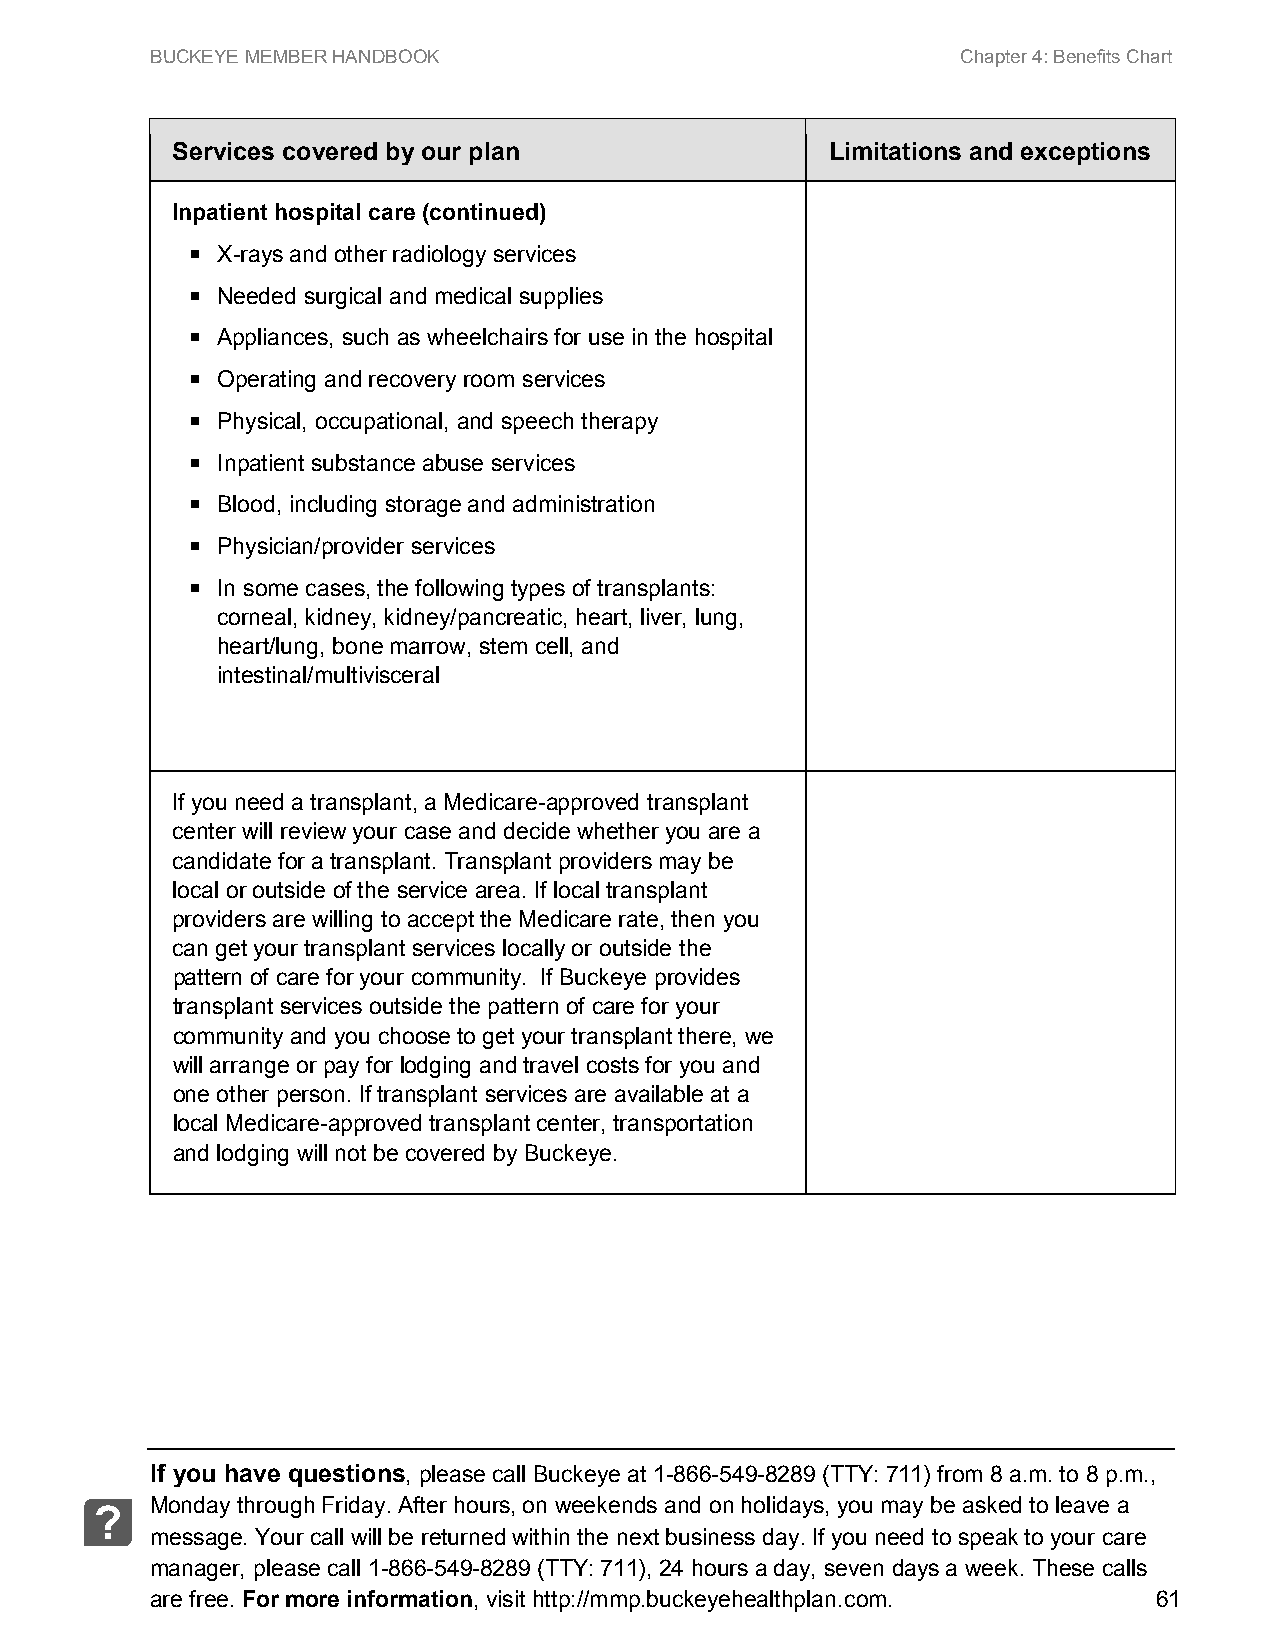
BUCKEYE MEMBER HANDBOOK                               Chapter 4: Benefits Chart
 Services covered by our plan                Limitations and exceptions
 Inpatient hospital care (continued)
  X-rays and other radiology services
  Needed surgical and medical supplies
  Appliances, such as wheelchairs for use in the hospital
  Operating and recovery room services
  Physical, occupational, and speech therapy
  Inpatient substance abuse services
  Blood, including storage and administration
  Physician/provider services
  In some cases, the following types of transplants:
 corneal, kidney, kidney/pancreatic, heart, liver, lung,
 heart/lung, bone marrow, stem cell, and
 intestinal/multivisceral
 If you need a transplant, a Medicare-approved transplant
 center will review your case and decide whether you are a
 candidate for a transplant. Transplant providers may be
 local or outside of the service area. If local transplant
 providers are willing to accept the Medicare rate, then you
 can get your transplant services locally or outside the
 pattern of care for your community. If Buckeye provides
 transplant services outside the pattern of care for your
 community and you choose to get your transplant there, we
 will arrange or pay for lodging and travel costs for you and
 one other person. If transplant services are available at a
 local Medicare-approved transplant center, transportation
 and lodging will not be covered by Buckeye.
 If you have questions, please call Buckeye at 1-866-549-8289 (TTY: 711) from 8 a.m. to 8 p.m.,
 Monday through Friday. After hours, on weekends and on holidays, you may be asked to leave a
 ?
 message. Your call will be returned within the next business day. If you need to speak to your care
 manager, please call 1-866-549-8289 (TTY: 711), 24 hours a day, seven days a week. These calls
 are free. For more information, visit http://mmp.buckeyehealthplan.com. 61